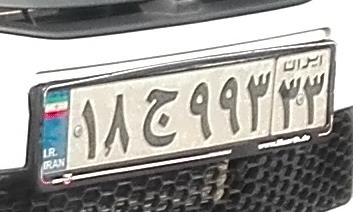
۱۸ج۹۹۳۳۳